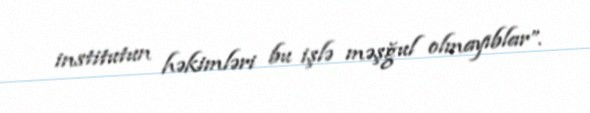
institutun həkimləri bu işlə məşğul olmayıblar”.